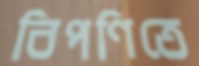
বিপণিতে